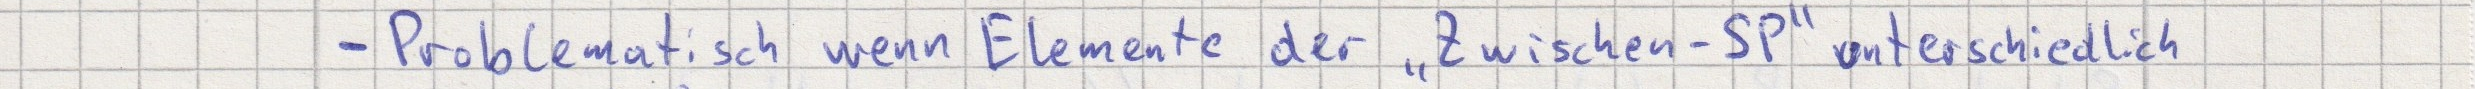
- Problematisch wenn Elemente der "Zwischen-SP" unterschiedlich